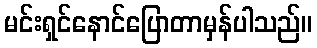
မင်းရှင်နောင်ပြောတာမှန်ပါသည်။